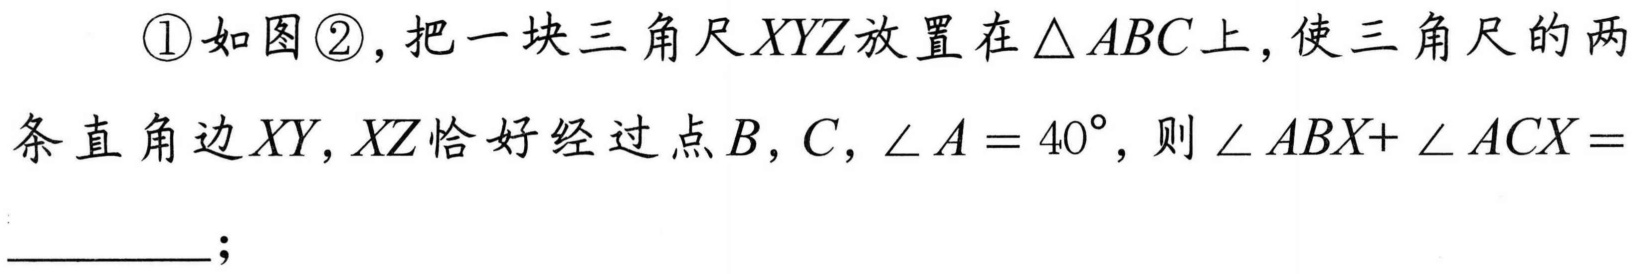
\textcircled{1}如图\textcircled{2},把一块三角尺\(XYZ\)放置在\(\triangle ABC\)上,使三角尺的两条直角边\(XY,XZ\)恰好经过点\(B,C\),\(\angle A = 40^{\circ}\),则\(\angle ABX+ \angle ACX=\)  ；